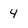
Character: 4